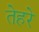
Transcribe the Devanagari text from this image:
तेहरे